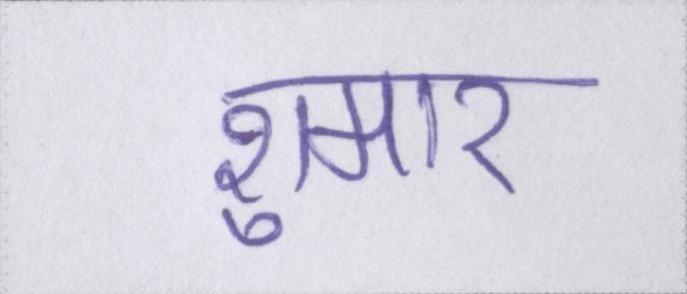
शुमार